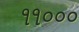
૧૧૦૦૦